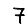
Digit: 7